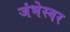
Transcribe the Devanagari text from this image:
जंभेस्वर